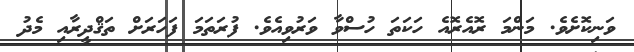
ވަނިކޮށެވެ. މަންމަ ރޮއެރޮއެ ހަކަތަ ހުސްވާ ވަރުވިއެވެ. ފުރަތަމަ ފަހަރަށް ތަޤްދީރާއި މެދު